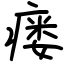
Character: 瘘